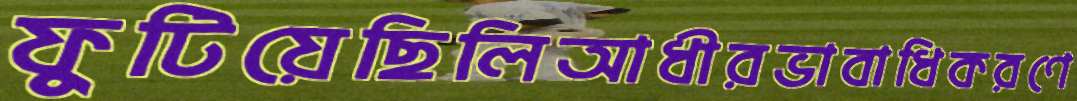
ফুটিয়েছিলিআধীরভাবাধিকরণে